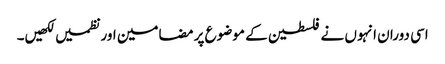
اسی دوران انہوں نے فلسطین کے موضوع پر مضامین اور نظمیں لکھیں۔